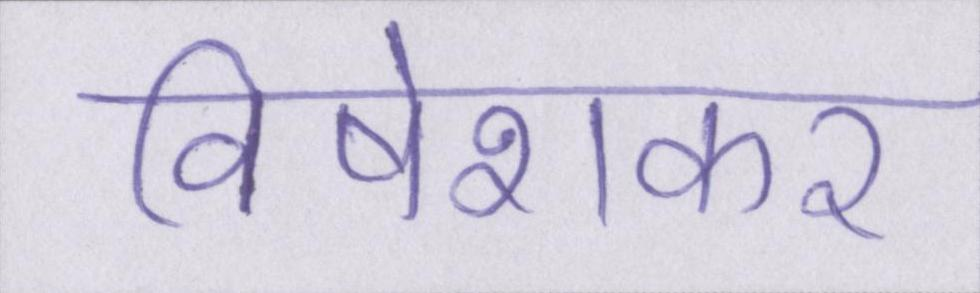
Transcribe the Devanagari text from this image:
विषेशकर